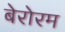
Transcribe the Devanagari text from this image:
बेरोरम